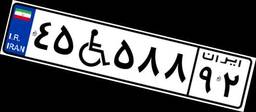
۴۵W۵۸۸۹۲